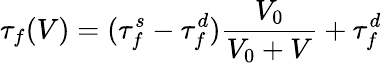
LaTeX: \tau_{f}(V)=(\tau_{f}^{s}-\tau_{f}^{d})\frac{V_{0}}{V_{0}+V}+\tau_{f}^{d}